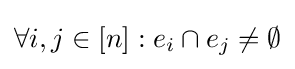
\forall i,j\in [n]:e_{i}\cap e_{j}\neq \emptyset